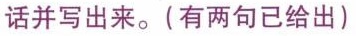
话并写出来。(有两句已给出)